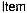
ITEM